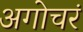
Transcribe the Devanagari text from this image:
अगोचरं